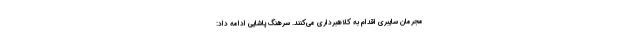
مجرمان سایبری اقدام به کلاهبرداری می‌کنند. سرهنگ پاشایی ادامه داد: